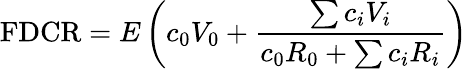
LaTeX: \mathrm{FDCR}=E\left(c_{0}V_{0}+{\frac{\sum c_{i}V_{i}}{c_{0}R_{0}+\sum c_{i}R_{i}}}\right)